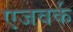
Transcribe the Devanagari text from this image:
एजवर्क